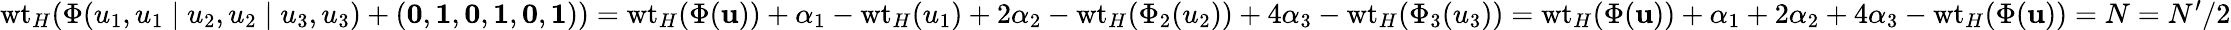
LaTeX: \mathrm{wt}_{H}(\Phi(u_{1},u_{1}\mid u_{2},u_{2}\mid u_{3},u_{3})+({\mathbf{0}},{\mathbf{1}},{\mathbf{0}},{\mathbf{1}},{\mathbf{0}},{\mathbf{1}}))=\mathrm{wt}_{H}(\Phi(\mathbf{u}))+\alpha_{1}-\mathrm{wt}_{H}(u_{1})+2\alpha_{2}-\mathrm{wt}_{H}(\Phi_{2}(u_{2}))+4\alpha_{3}-\mathrm{wt}_{H}(\Phi_{3}(u_{3}))=\mathrm{wt}_{H}(\Phi(\mathbf{u}))+\alpha_{1}+2\alpha_{2}+4\alpha_{3}-\mathrm{wt}_{H}(\Phi(\mathbf{u}))=N=N^{\prime}/2